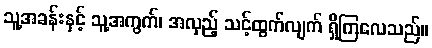
သူ့အခန်းနှင့် သူ့အကွက်၊ အလှည့် သင့်ထွက်လျက် ရှိကြလေသည်။